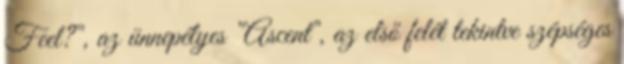
Feel?", az ünnepélyes "Ascent", az első felét tekintve szépséges